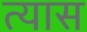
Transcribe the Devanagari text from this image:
त्‍यास